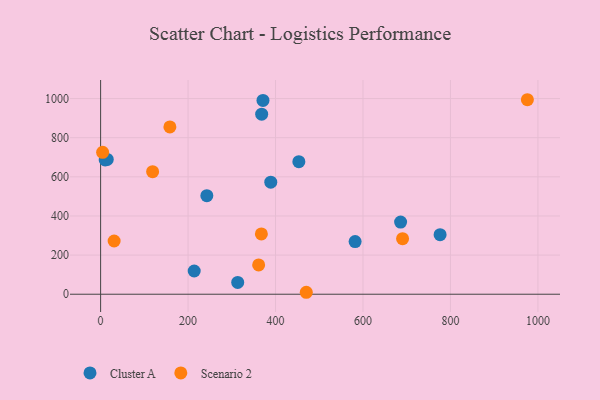
{"axis": {"x": "Ad Spend", "y": "Yield"}, "legend": ["Cluster A", "Scenario 2"], "data": [{"x": "214.0", "y": 118.7, "type": "Cluster A"}, {"x": "313.5", "y": 60.5, "type": "Cluster A"}, {"x": "686.0", "y": 368.6, "type": "Cluster A"}, {"x": "371.3", "y": 990.4, "type": "Cluster A"}, {"x": "776.3", "y": 304.6, "type": "Cluster A"}, {"x": "10.5", "y": 686.1, "type": "Cluster A"}, {"x": "368.3", "y": 920.0, "type": "Cluster A"}, {"x": "453.3", "y": 677.5, "type": "Cluster A"}, {"x": "389.1", "y": 572.5, "type": "Cluster A"}, {"x": "582.0", "y": 269.2, "type": "Cluster A"}, {"x": "15.2", "y": 688.8, "type": "Cluster A"}, {"x": "242.9", "y": 503.9, "type": "Cluster A"}, {"x": "470.3", "y": 10.0, "type": "Scenario 2"}, {"x": "158.4", "y": 855.1, "type": "Scenario 2"}, {"x": "361.4", "y": 149.6, "type": "Scenario 2"}, {"x": "30.9", "y": 272.0, "type": "Scenario 2"}, {"x": "690.5", "y": 284.1, "type": "Scenario 2"}, {"x": "367.6", "y": 308.4, "type": "Scenario 2"}, {"x": "4.6", "y": 725.1, "type": "Scenario 2"}, {"x": "118.9", "y": 626.2, "type": "Scenario 2"}, {"x": "975.9", "y": 994.1, "type": "Scenario 2"}]}